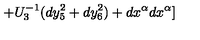
+ U _ { 3 } ^ { - 1 } ( d y _ { 5 } ^ { 2 } + d y _ { 6 } ^ { 2 } ) + d x ^ { \alpha } d x ^ { \alpha } ]